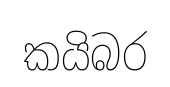
කයිබර